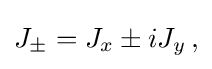
{\textstyle J_{\pm }=J_{x}\pm iJ_{y}\,,}